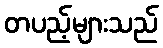
တပည့်များသည်